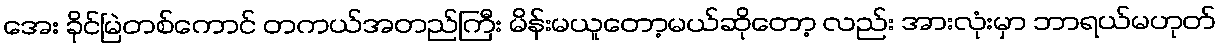
အေး ခိုင်မြဲတစ်ကောင် တကယ်အတည်ကြီး မိန်းမယူတော့မယ်ဆိုတော့ လည်း အားလုံးမှာ ဘာရယ်မဟုတ်